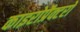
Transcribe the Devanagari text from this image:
काइरोप्रैक्टरों